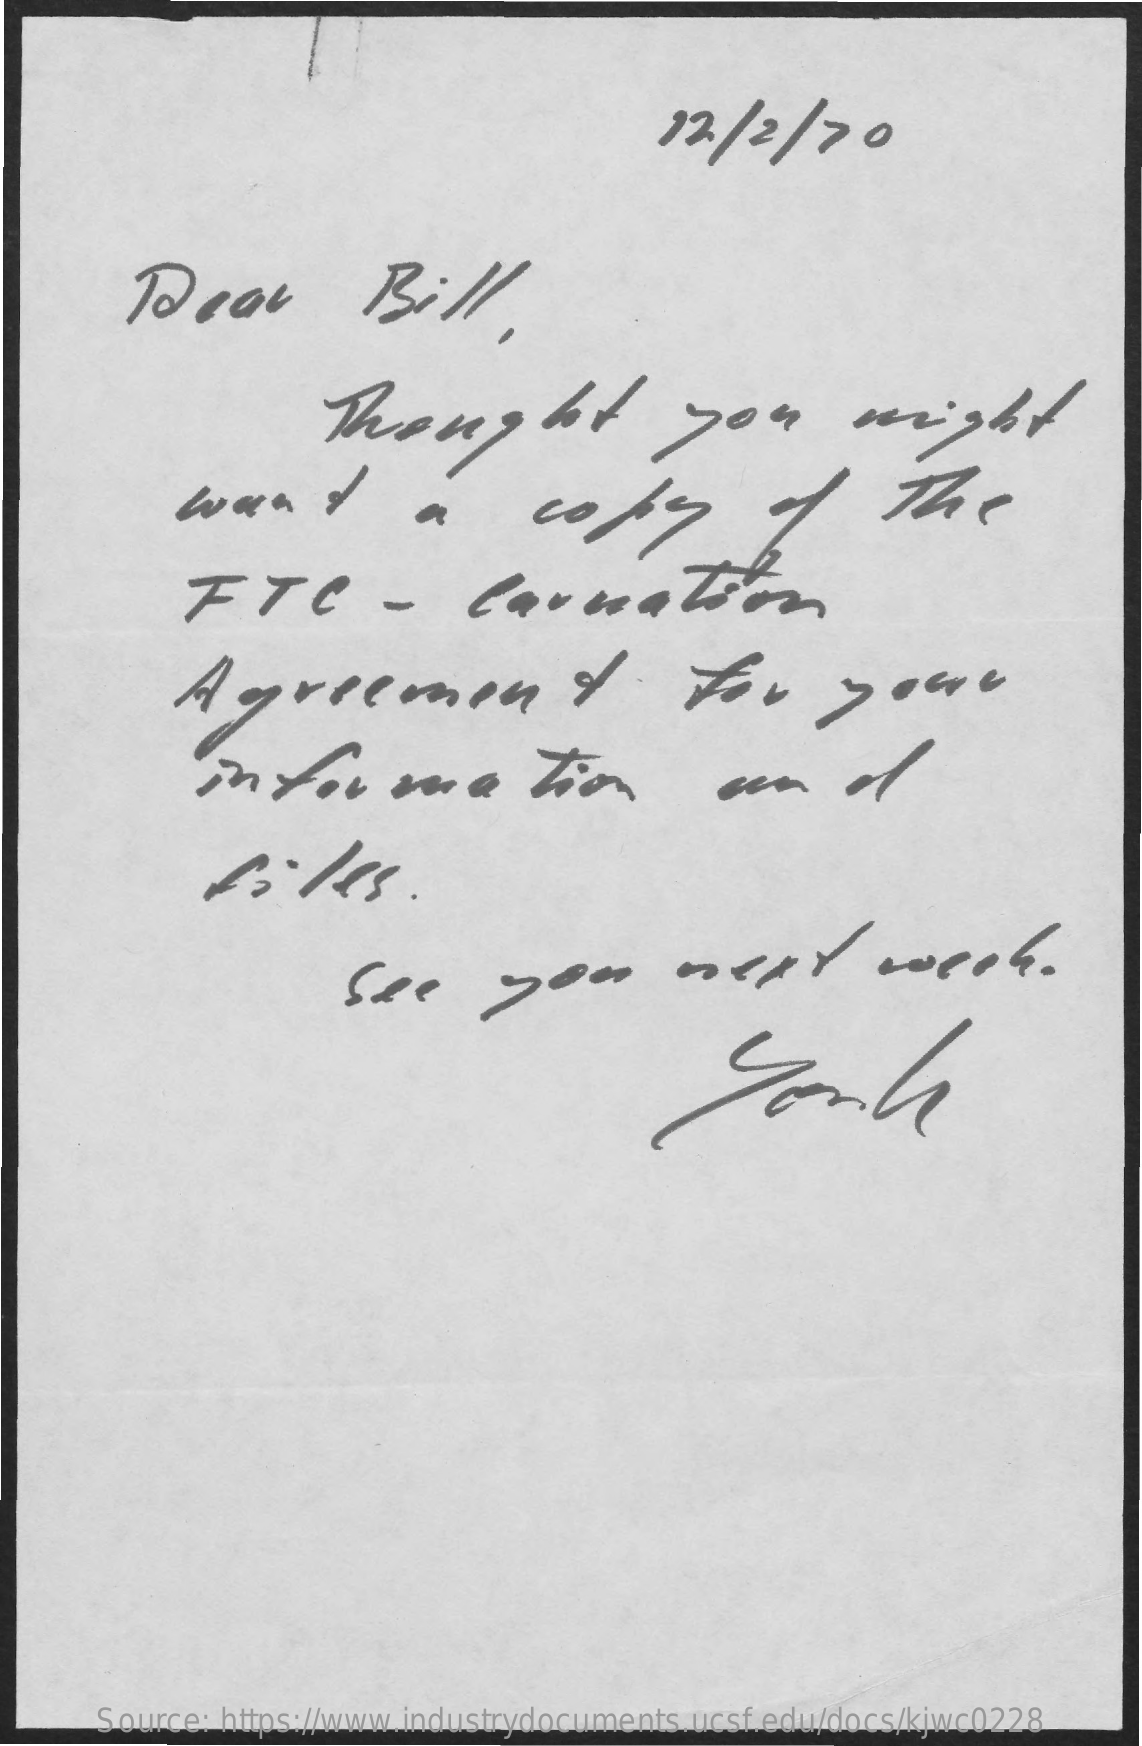
12/   2/  70
     Dear    Bill,
     Thought    you    might
     wand    a    copy    of    the
     FTC    -    Carnation
     Agreement    For    your
     information    on
     See    you    next    week.
     Source: https://www.industrydocuments.ucsf.edu/docs/kjwc0228